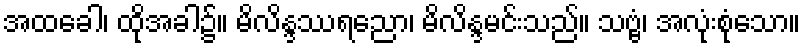
အထခေါ၊ ထိုအခါ၌။ မိလိန္ဒဿရညော၊ မိလိန္ဒမင်းသည်။ သဗ္ဗံ၊ အလုံးစုံသော။